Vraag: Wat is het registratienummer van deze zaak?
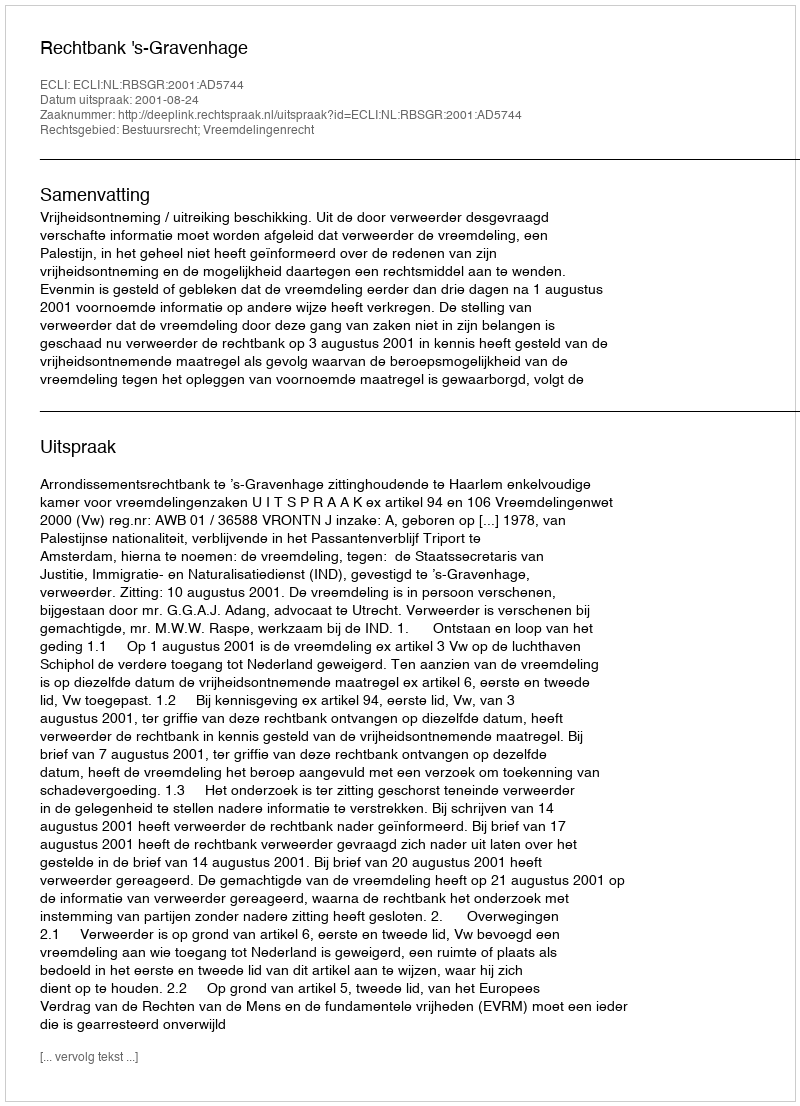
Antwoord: http://deeplink.rechtspraak.nl/uitspraak?id=ECLI:NL:RBSGR:2001:AD5744